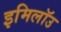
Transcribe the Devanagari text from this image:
इमिलॉउ